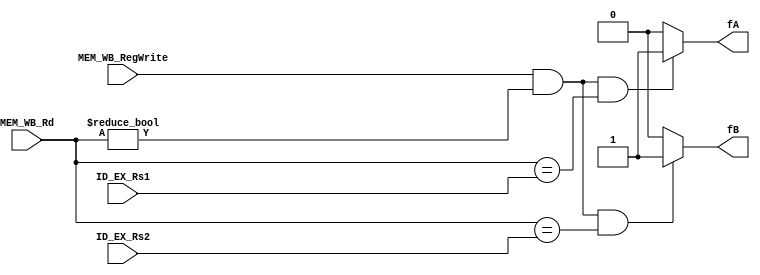
`timescale 1ns / 1ps
//////////////////////////////////////////////////////////////////////////////////
// Company: 
// Engineer: 
// 
// Design Name: 
// Module Name: forwardingUnit
// Project Name: 
// Target Devices: 
// Tool Versions: 
// Description: 
// 
// Dependencies: 
// 
// Revision:
// Revision 0.01 - File Created
// Additional Comments:
// 
//////////////////////////////////////////////////////////////////////////////////


module forwardingUnit(
    input      [4:0] ID_EX_Rs1, ID_EX_Rs2, MEM_WB_Rd,
    input            MEM_WB_RegWrite,
    output reg       fA, fB
    );
    always @(*) begin
        if (MEM_WB_RegWrite && (MEM_WB_Rd != 5'd0) && (MEM_WB_Rd == ID_EX_Rs1)) begin
            fA = 1'b1;
        end
        else begin
            fA = 1'b0;
        end
        if (MEM_WB_RegWrite && (MEM_WB_Rd != 5'd0) && (MEM_WB_Rd == ID_EX_Rs2)) begin
            fB = 1'b1;
        end
        else begin
            fB = 1'b0;
        end
    end
endmodule